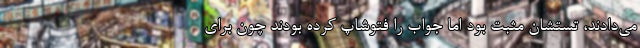
می‌دادند، تستشان مثبت بود اما جواب را فتوشاپ کرده بودند چون برای